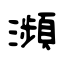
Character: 瀕